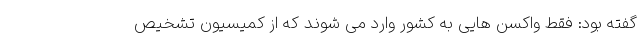
گفته بود: فقط واکسن هایی به کشور وارد می شوند که از کمیسیون تشخیص